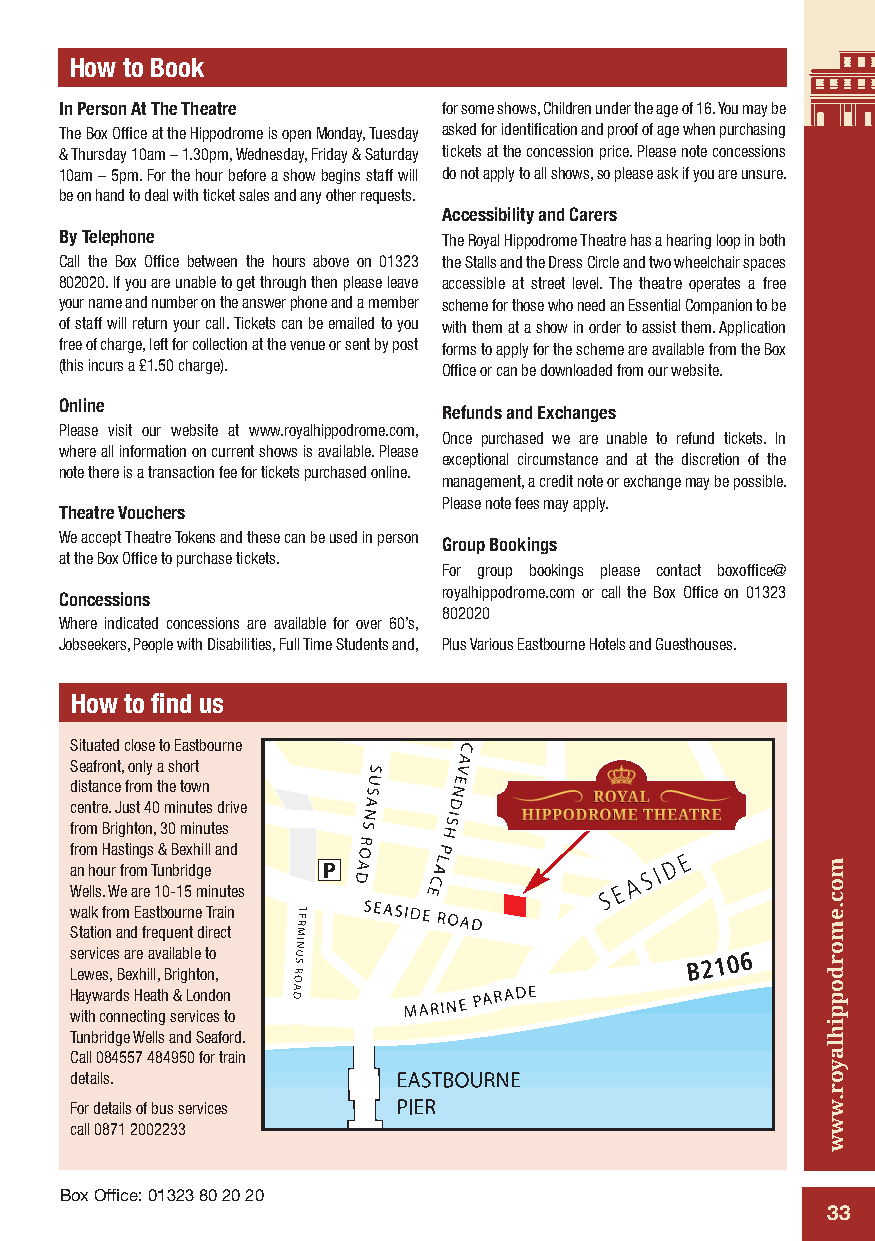
How to Book
 In Person At The Theatre for some shows, Children under the age of 16. You may be
 The Box Office at the Hippodrome is open Monday, Tuesday asked for identification and proof of age when purchasing
 & Thursday 10am – 1.30pm, Wednesday, Friday & Saturday tickets at the concession price. Please note concessions
 10am – 5pm. For the hour before a show begins staff will do not apply to all shows, so please ask if you are unsure.
 be on hand to deal with ticket sales and any other requests.
 Accessibility and Carers
 By Telephone             The Royal Hippodrome Theatre has a hearing loop in both
 Call the Box Office between the hours above on 01323 the Stalls and the Dress Circle and two wheelchair spaces
 802020. If you are unable to get through then please leave accessible at street level. The theatre operates a free
 your name and number on the answer phone and a member scheme for those who need an Essential Companion to be
 of staff will return your call. Tickets can be emailed to you with them at a show in order to assist them. Application
 free of charge, left for collection at the venue or sent by post forms to apply for the scheme are available from the Box
 (this incurs a £1.50 charge). Office or can be downloaded from our website.
 Online
 Refunds and Exchanges
 Please visit our website at www.royalhippodrome.com,
 Once purchased we are unable to refund tickets. In
 where all information on current shows is available. Please
 exceptional circumstance and at the discretion of the
 note there is a transaction fee for tickets purchased online.
 management, a credit note or exchange may be possible.
 Please note fees may apply.
 Theatre Vouchers
 We accept Theatre Tokens and these can be used in person
 Group Bookings
 at the Box Office to purchase tickets.
 For group bookings please contact boxoffice@
 royalhippodrome.com or call the Box Office on 01323
 Concessions
 802020
 Where indicated concessions are available for over 60’s,
 Jobseekers, People with Disabilities, Full Time Students and, Plus Various Eastbourne Hotels and Guesthouses.
 How to find us
 Situated close to Eastbourne
 Seafront, only a short
 distance from the town
 centre. Just 40 minutes drive
 from Brighton, 30 minutes
 from Hastings & Bexhill and
 an hour from Tunbridge
 Wells. We are 10-15 minutes
 walk from Eastbourne Train
 Station and frequent direct
 services are available to
 Lewes, Bexhill, Brighton,
 Haywards Heath & London
 with connecting services to
 Tunbridge Wells and Seaford.
 Call 084557 484950 for train
 details.
 For details of bus services
 call 0871 2002233
 Box Office: 01323 80 20 20
 33
 moc.emordoppihlayor.www